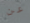
عن